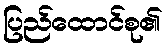
ပြည်ထောင်စု၏